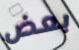
بعض